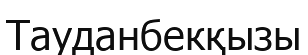
Тауданбекқызы